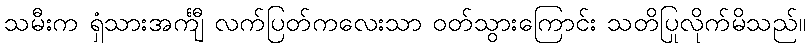
သမီးက ရှံသားအင်္ကျီ လက်ပြတ်ကလေးသာ ဝတ်သွားကြောင်း သတိပြုလိုက်မိသည်။